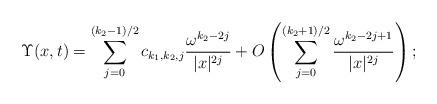
LaTeX: \begin{align*}\Upsilon(x,t)= \sum_{j=0}^{(k_2-1)/2} c_{k_1,k_2,j}\frac{ \omega^{k_2-2j}}{|x|^{2j}} + O\left(\sum_{j=0}^{(k_2+1)/2} \frac{ \omega^{k_2-2j+1}}{|x|^{2j}}\right);\end{align*}